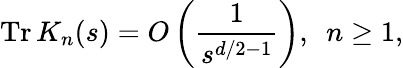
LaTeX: \mathrm{Tr}\, K_{n}(s)=O\left(\frac{1}{s^{d/2-1}}\right),\, \, \, n\geq 1,